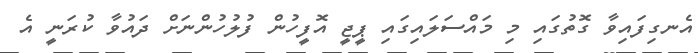
އެނގިފައިވާ ގޮތުގައި މި މައްސަލައިގައި ޕީޖީ އޮފީހުން ފުލުހުންނަށް ދައުވާ ކުރަނީ އެ